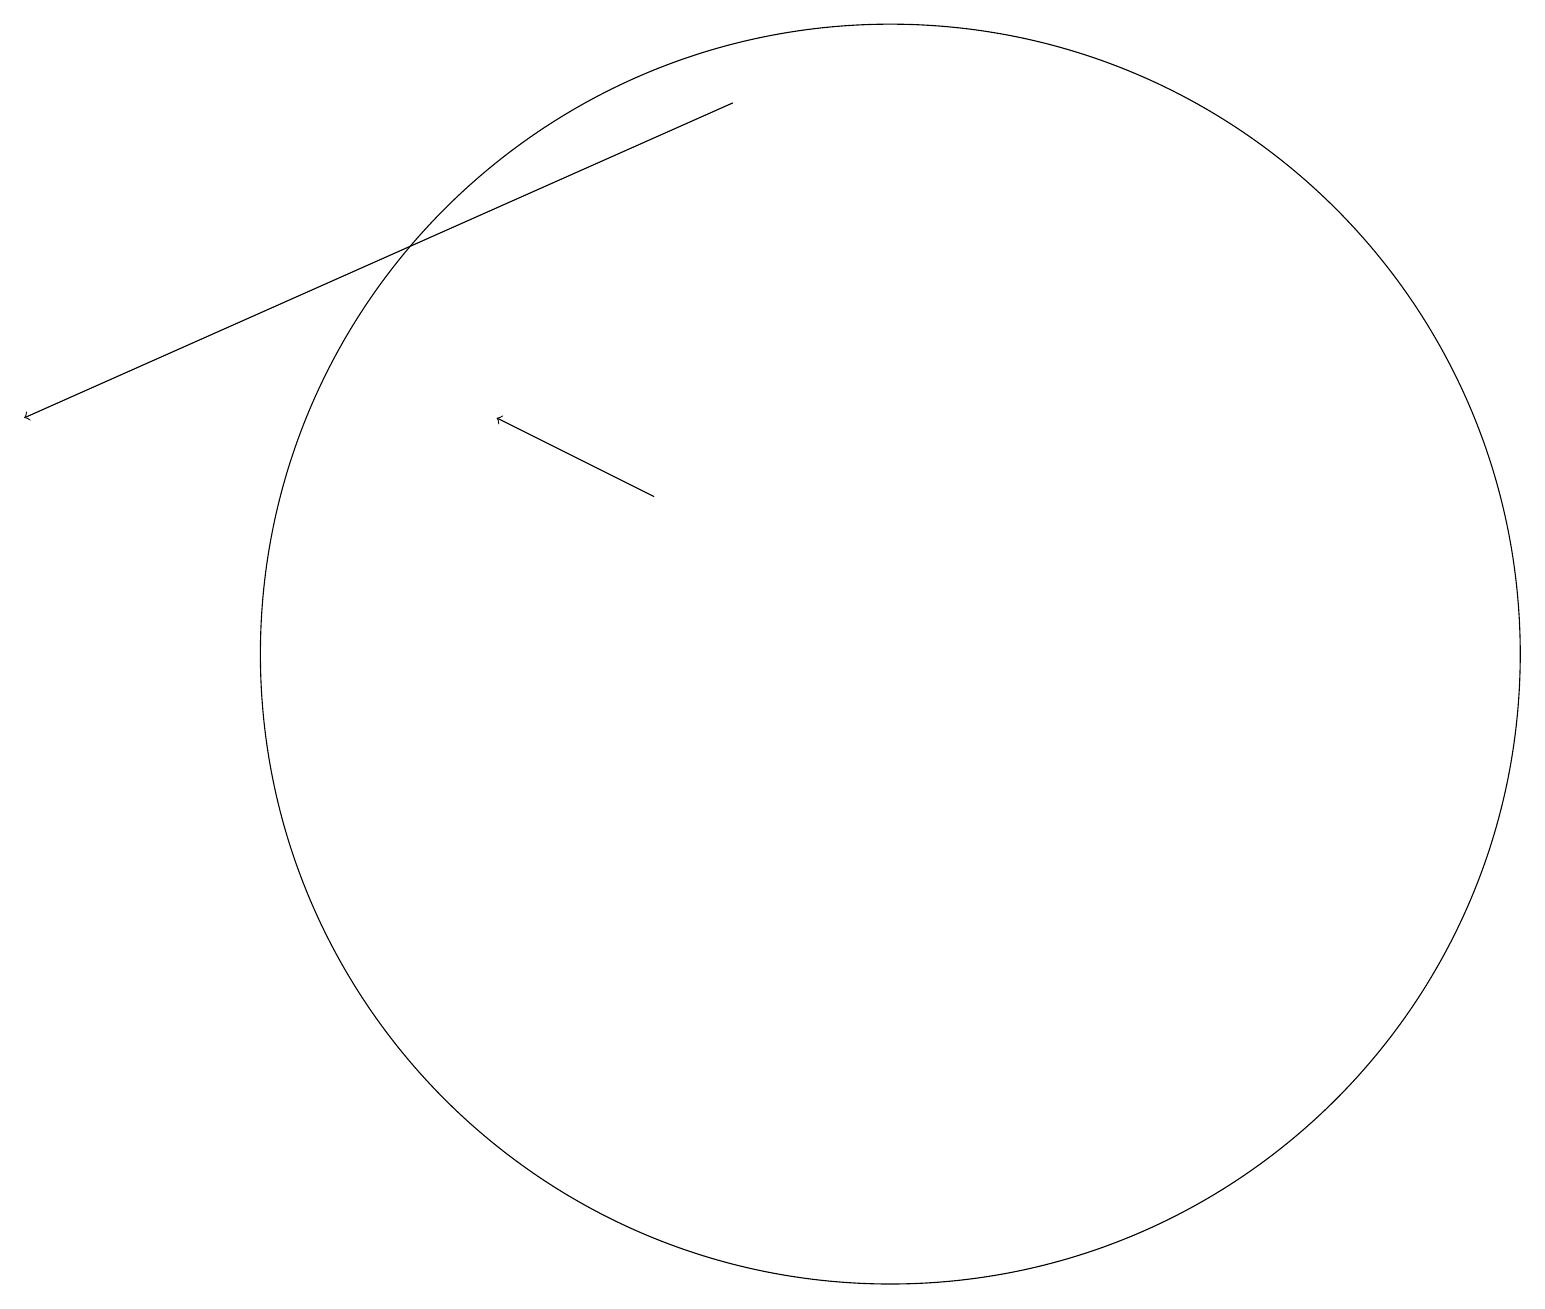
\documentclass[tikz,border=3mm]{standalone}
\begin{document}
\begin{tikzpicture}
\draw (10,10) circle (0);
\draw[->] (9,19) -- (0,15);
\draw[->] (8,14) -- (6,15);
\draw (11,12) circle (8);
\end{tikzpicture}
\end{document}